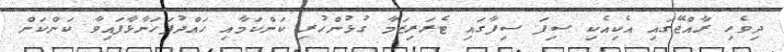
ދިވެހި ރާއްޖޭގައި އެކިއެކި ސިފަ ސިފާގައި ޓެރަރިޒަމާ ގުޅުންހުރި ކަންކަމާއި ހައްދުފަހަނާޅާފައިވާ ކަންކަން